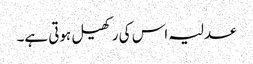
عدلیہ اس کی رکھیل ہوتی ہے۔